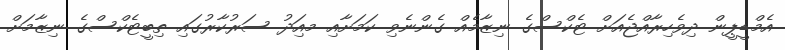
އެމްޑީޕީން ދިވެހިރާއްޖެއަށް ޓެކްސްގެ ނިޒާމެއް ގެންނެވި ކަމަށާއި މއިަދު ސަރުކާރުގައި ތިބީޓެކްސްގެ ނިޒާމަށް